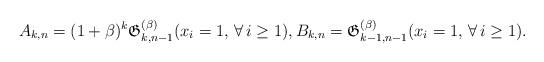
LaTeX: \begin{gather*}A_{k,n}= (1+\beta)^{k} \mathfrak{G}_{k,n-1}^{(\beta)}(x_i=1,\, \forall\, i \ge 1),B_{k,n}= \mathfrak{G}_{k-1,n-1}^{(\beta)}(x_i=1,\, \forall\, i \ge 1).\end{gather*}